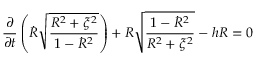
\frac { \partial } { \partial t } \left( \dot { R } \sqrt { \frac { R ^ { 2 } + \xi ^ { 2 } } { 1 - \dot { R } ^ { 2 } } } \right) + R \sqrt { \frac { 1 - \dot { R } ^ { 2 } } { R ^ { 2 } + \xi ^ { 2 } } } - h R = 0